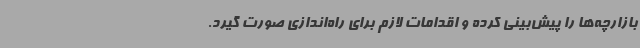
بازارچه‌ها را پیش‌بینی کرده و اقدامات لازم برای راه‌اندازی صورت گیرد.